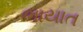
ભાયાત